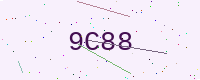
Text: 9C88